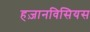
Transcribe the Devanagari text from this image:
हज़ानविसियस